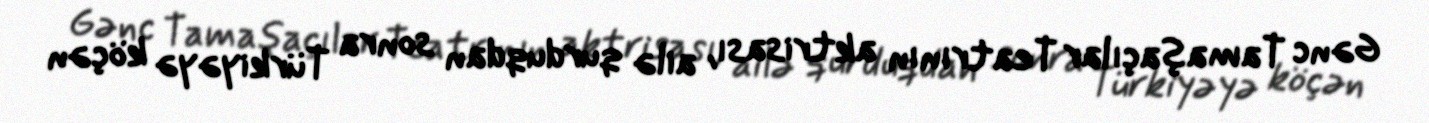
Gənc Tamaşaçılar Teatrının aktrisası, ailə qurduqdan sonra Türkiyəyə köçən